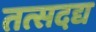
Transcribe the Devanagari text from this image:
तत्सदद्य